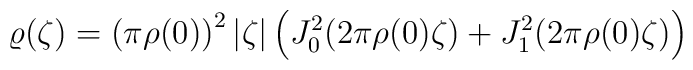
\varrho (\zeta)=\left( \pi \rho(0) \right)^2|\zeta|\left(J_0^2(2\pi\rho(0)  \zeta) +J_1^2(2\pi\rho(0)  \zeta)\right)